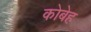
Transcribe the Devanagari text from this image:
कोबेह